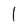
Character: l